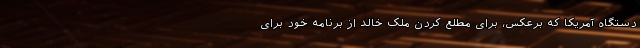
دستگاه آمریکا که برعکس، برای مطلع کردن ملک خالد از برنامه خود برای